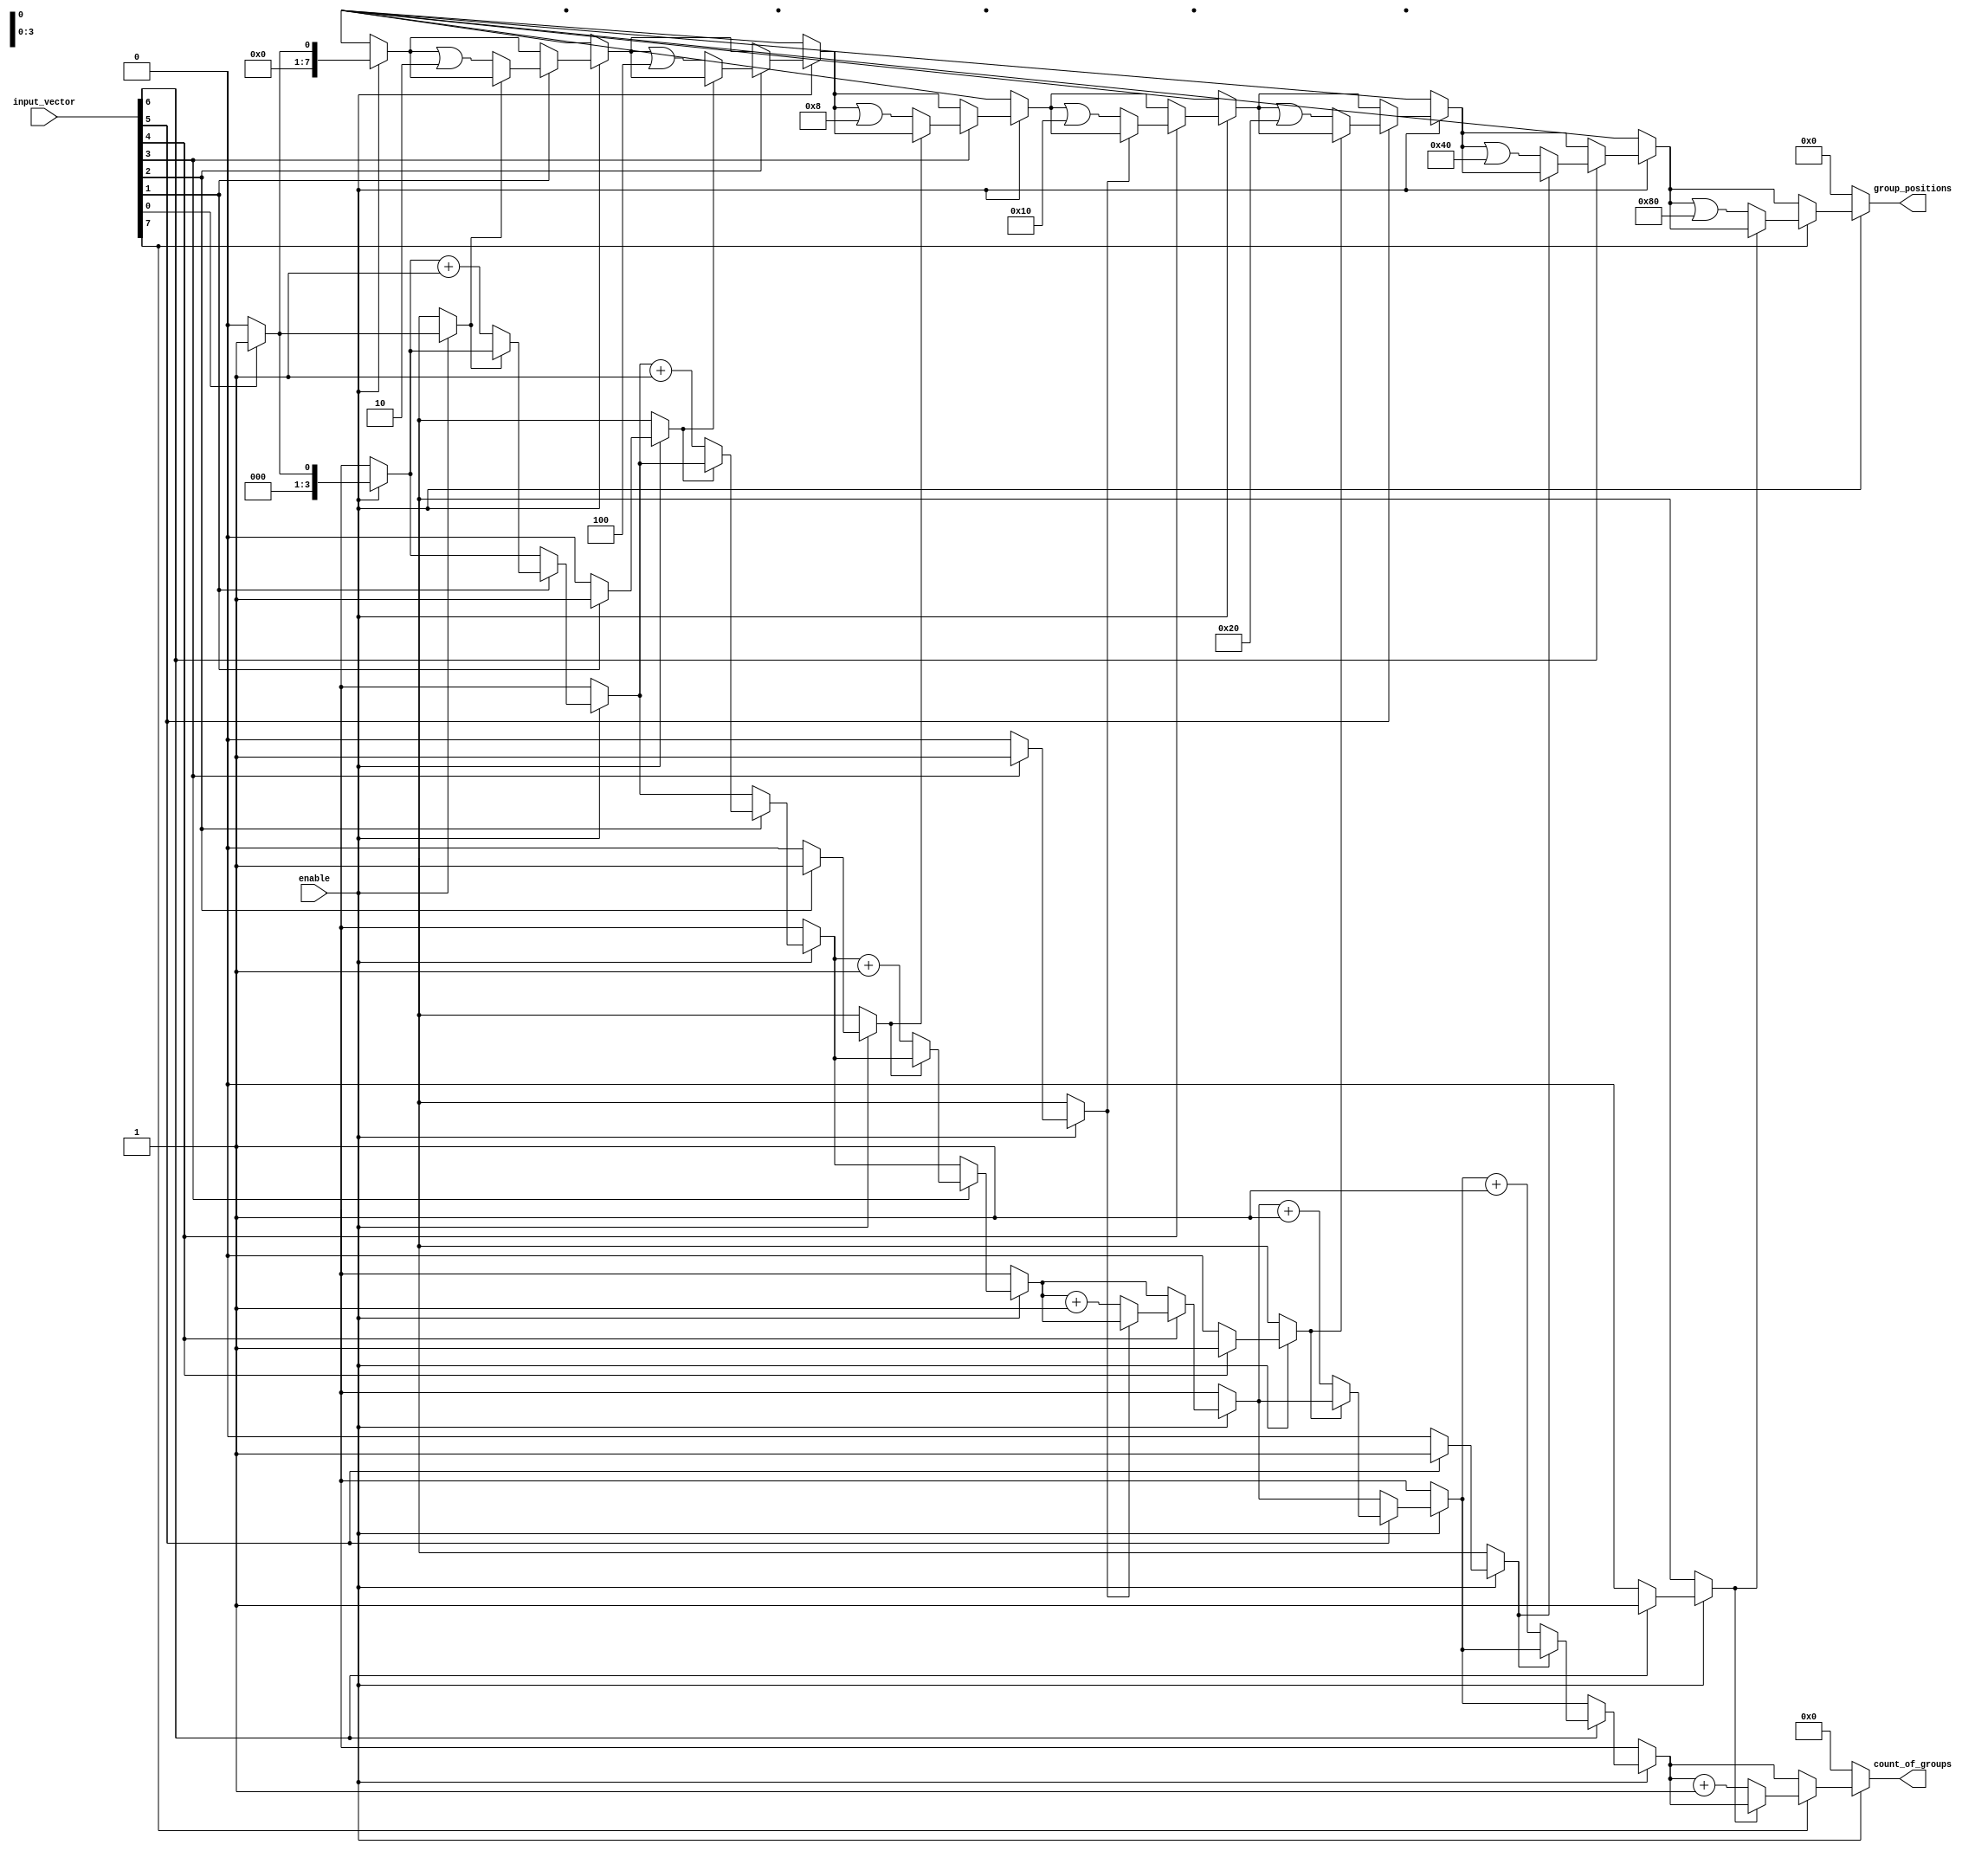
module GroupingOfOnes #(
    parameter N = 8,                  // Width of input vector
    parameter MAX_GROUPS = 4          // Maximum number of groups to track
)(
    input wire [N-1:0] input_vector,  // Binary input vector
    input wire enable,                 // Control signal to enable grouping
    output reg [3:0] count_of_groups,  // Count of groups of 1s
    output reg [N-1:0] group_positions // Positions of 1s groups
);

    integer i;
    reg in_group;                      // State to track if currently in a group of 1s
    reg [N-1:0] temp_positions;        // Temporary storage for positions

    always @* begin
        // Initialize outputs
        count_of_groups = 0;
        group_positions = 0;
        in_group = 0;
        temp_positions = 0;

        if (enable) begin
            for (i = 0; i < N; i = i + 1) begin
                if (input_vector[i] == 1) begin
                    // If we encounter a 1 and we're not already in a group
                    if (!in_group) begin
                        in_group = 1; // Mark that we are now in a group
                        count_of_groups = count_of_groups + 1; // Increment group count
                        // Store the position of the start of the group
                        temp_positions = temp_positions | (1 << i);
                    end
                end else begin
                    // If we encounter a 0 and we were in a group
                    if (in_group) begin
                        in_group = 0; // Mark that we are now out of a group
                    end
                end
            end
        end

        // Assign the temporary positions to the output
        group_positions = temp_positions;
    end

endmodule